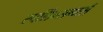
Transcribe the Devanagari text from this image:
स्पर्लिंग्सगार्स